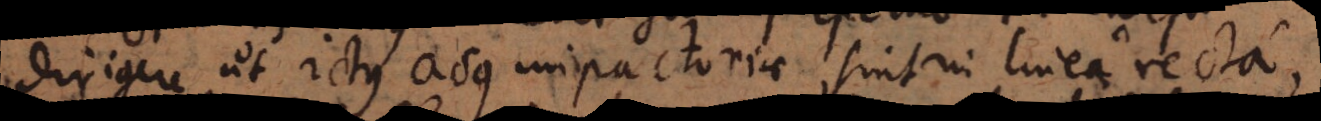
dirigere ut ictus acus impactoriae sint in linea recta,